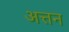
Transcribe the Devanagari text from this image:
अत्तन